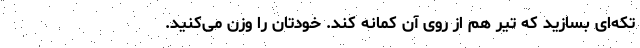
‌تکه‌ای بسازید که تیر هم از روی آن کمانه کند. خودتان را وزن می‌کنید.